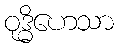
ဝုဒ္ဓိဟေသာ